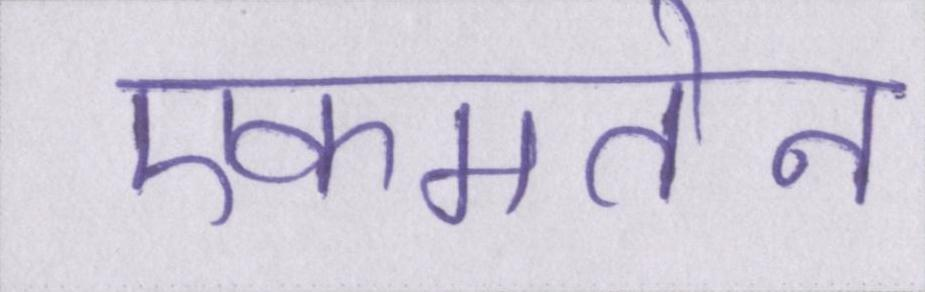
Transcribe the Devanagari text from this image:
एकमतेन